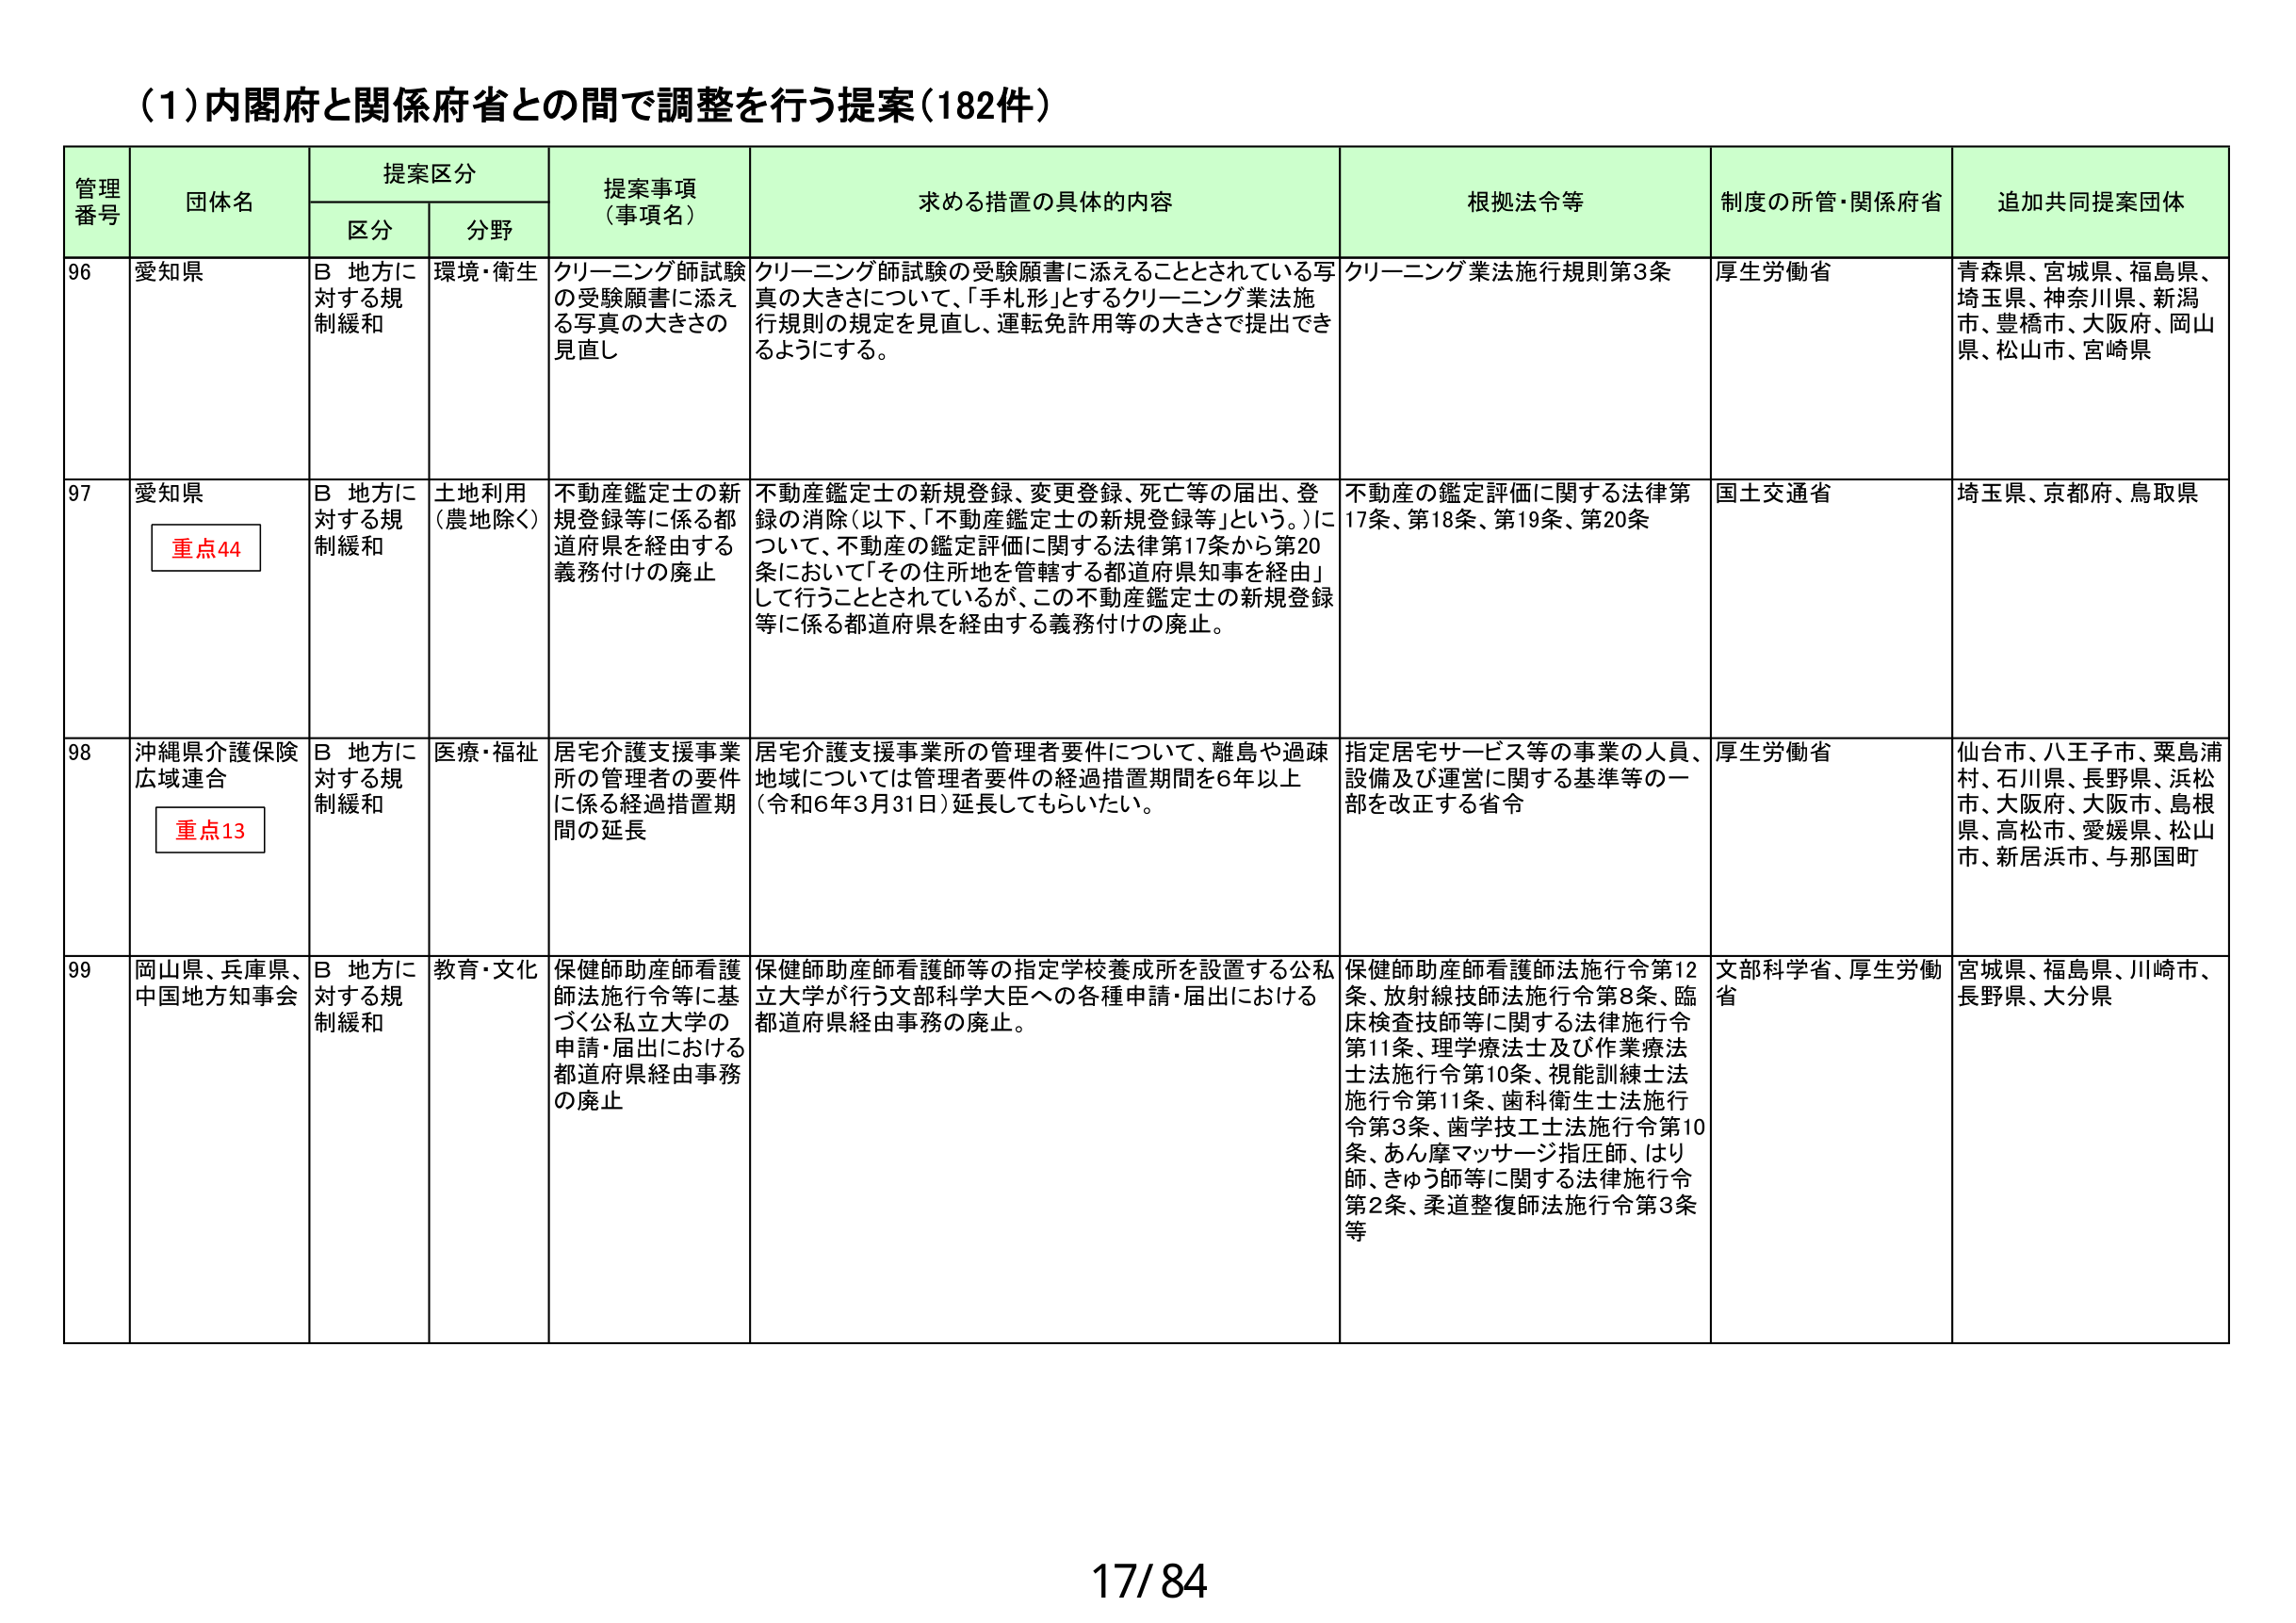
(1)内閣府と関係府省との間で調整を行う提案(182件)

管理番号	団体名	提案区分	提案事項（事項名）	求める措置の具体的内容	根拠法令等	制度の所管・関係府省	追加共同提案団体
区分	分野

96	愛知県	B 地方に対する規制緩和	環境・衛生	クリーニング師試験の受験願書に添える写真の大きさの見直し	クリーニング師試験の受験願書に添えることとされている写真の大きさについて、「手札形」とするクリーニング業法施行規則の規定を見直し、運転免許用等の大きさで提出できるようにする。	クリーニング業法施行規則第3条	厚生労働省	青森県、宮城県、福島県、埼玉県、神奈川県、新潟市、豊橋市、大阪府、岡山県、松山市、宮崎県

97	愛知県	重点44	B 地方に対する規制緩和	土地利用（農地除く）	不動産鑑定士の新規登録等に係る都道府県を経由する義務付けの廃止	不動産鑑定士の新規登録、変更登録、死亡等の届出、登録の消除（以下、「不動産鑑定士の新規登録等」という。）について、不動産の鑑定評価に関する法律第17条から第20条において「その住所地を管轄する都道府県知事を経由」して行うこととされているが、この不動産鑑定士の新規登録等に係る都道府県を経由する義務付けの廃止。	不動産の鑑定評価に関する法律第17条、第18条、第19条、第20条	国土交通省	埼玉県、京都府、鳥取県

98	沖縄県介護保険広域連合	重点13	B 地方に対する規制緩和	医療・福祉	居宅介護支援事業所の管理者の要件に係る経過措置期間の延長	居宅介護支援事業所の管理者要件について、離島や過疎地域については管理者要件の経過措置期間を6年以上（令和6年3月31日）延長してもらいたい。	指定居宅サービス等の事業の人員、設備及び運営に関する基準等の一部を改正する省令	厚生労働省	仙台市、八王子市、粟島浦村、石川県、長野県、浜松市、大阪府、大阪市、島根県、高松市、愛媛県、松山市、新居浜市、与那国町

99	岡山県、兵庫県、中国地方知事会	B 地方に対する規制緩和	教育・文化	保健師助産師看護師法施行令等に基づく公私立大学の申請・届出における都道府県経由事務の廃止	保健師助産師看護師等の指定学校養成所を設置する公私立大学が行う文部科学大臣への各種申請・届出における都道府県経由事務の廃止。	保健師助産師看護師法施行令第12条、放射線技師法施行令第8条、臨床検査技師等に関する法律施行令第11条、理学療法士及び作業療法士法施行令第10条、視能訓練士法施行令第11条、歯科衛生士法施行令第3条、歯学技工士法施行令第10条、あん摩マッサージ指圧師、はり師、きゅう師等に関する法律施行令第2条、柔道整復師法施行令第3条等	文部科学省、厚生労働省	宮城県、福島県、川崎市、長野県、大分県

17/84